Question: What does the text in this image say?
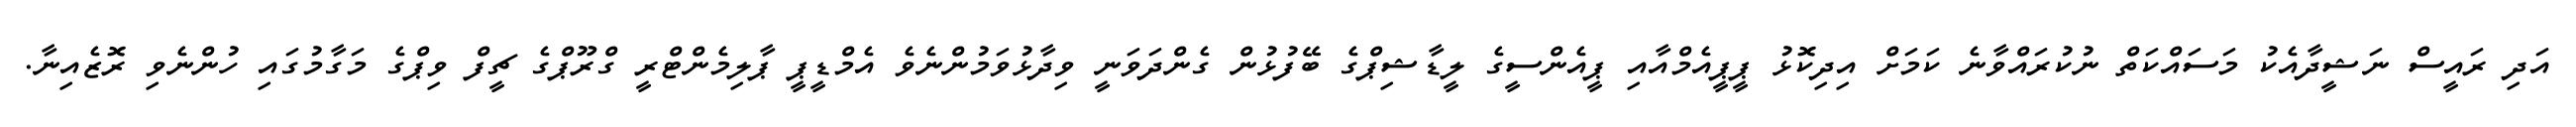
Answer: އަދި ރައީސް ނަޝީދާއެކު މަސައްކަތް ނުކުރައްވާނެ ކަމަށް އިދިކޮޅު ޕީޕީއެމްއާއި ޕީއެންސީގެ ލީޑާޝިޕްގެ ބޭފުޅުން ގެންދަވަނީ ވިދާޅުވަމުންނެވެ އެމްޑީޕީ ޕާލިމެންޓްރީ ގްރޫޕްގެ ޗީފް ވިޕްގެ މަގާމުގައި ހުންނެވި ރޮޒެއިނާ.